Trukikaitis_Postimees, lk 35
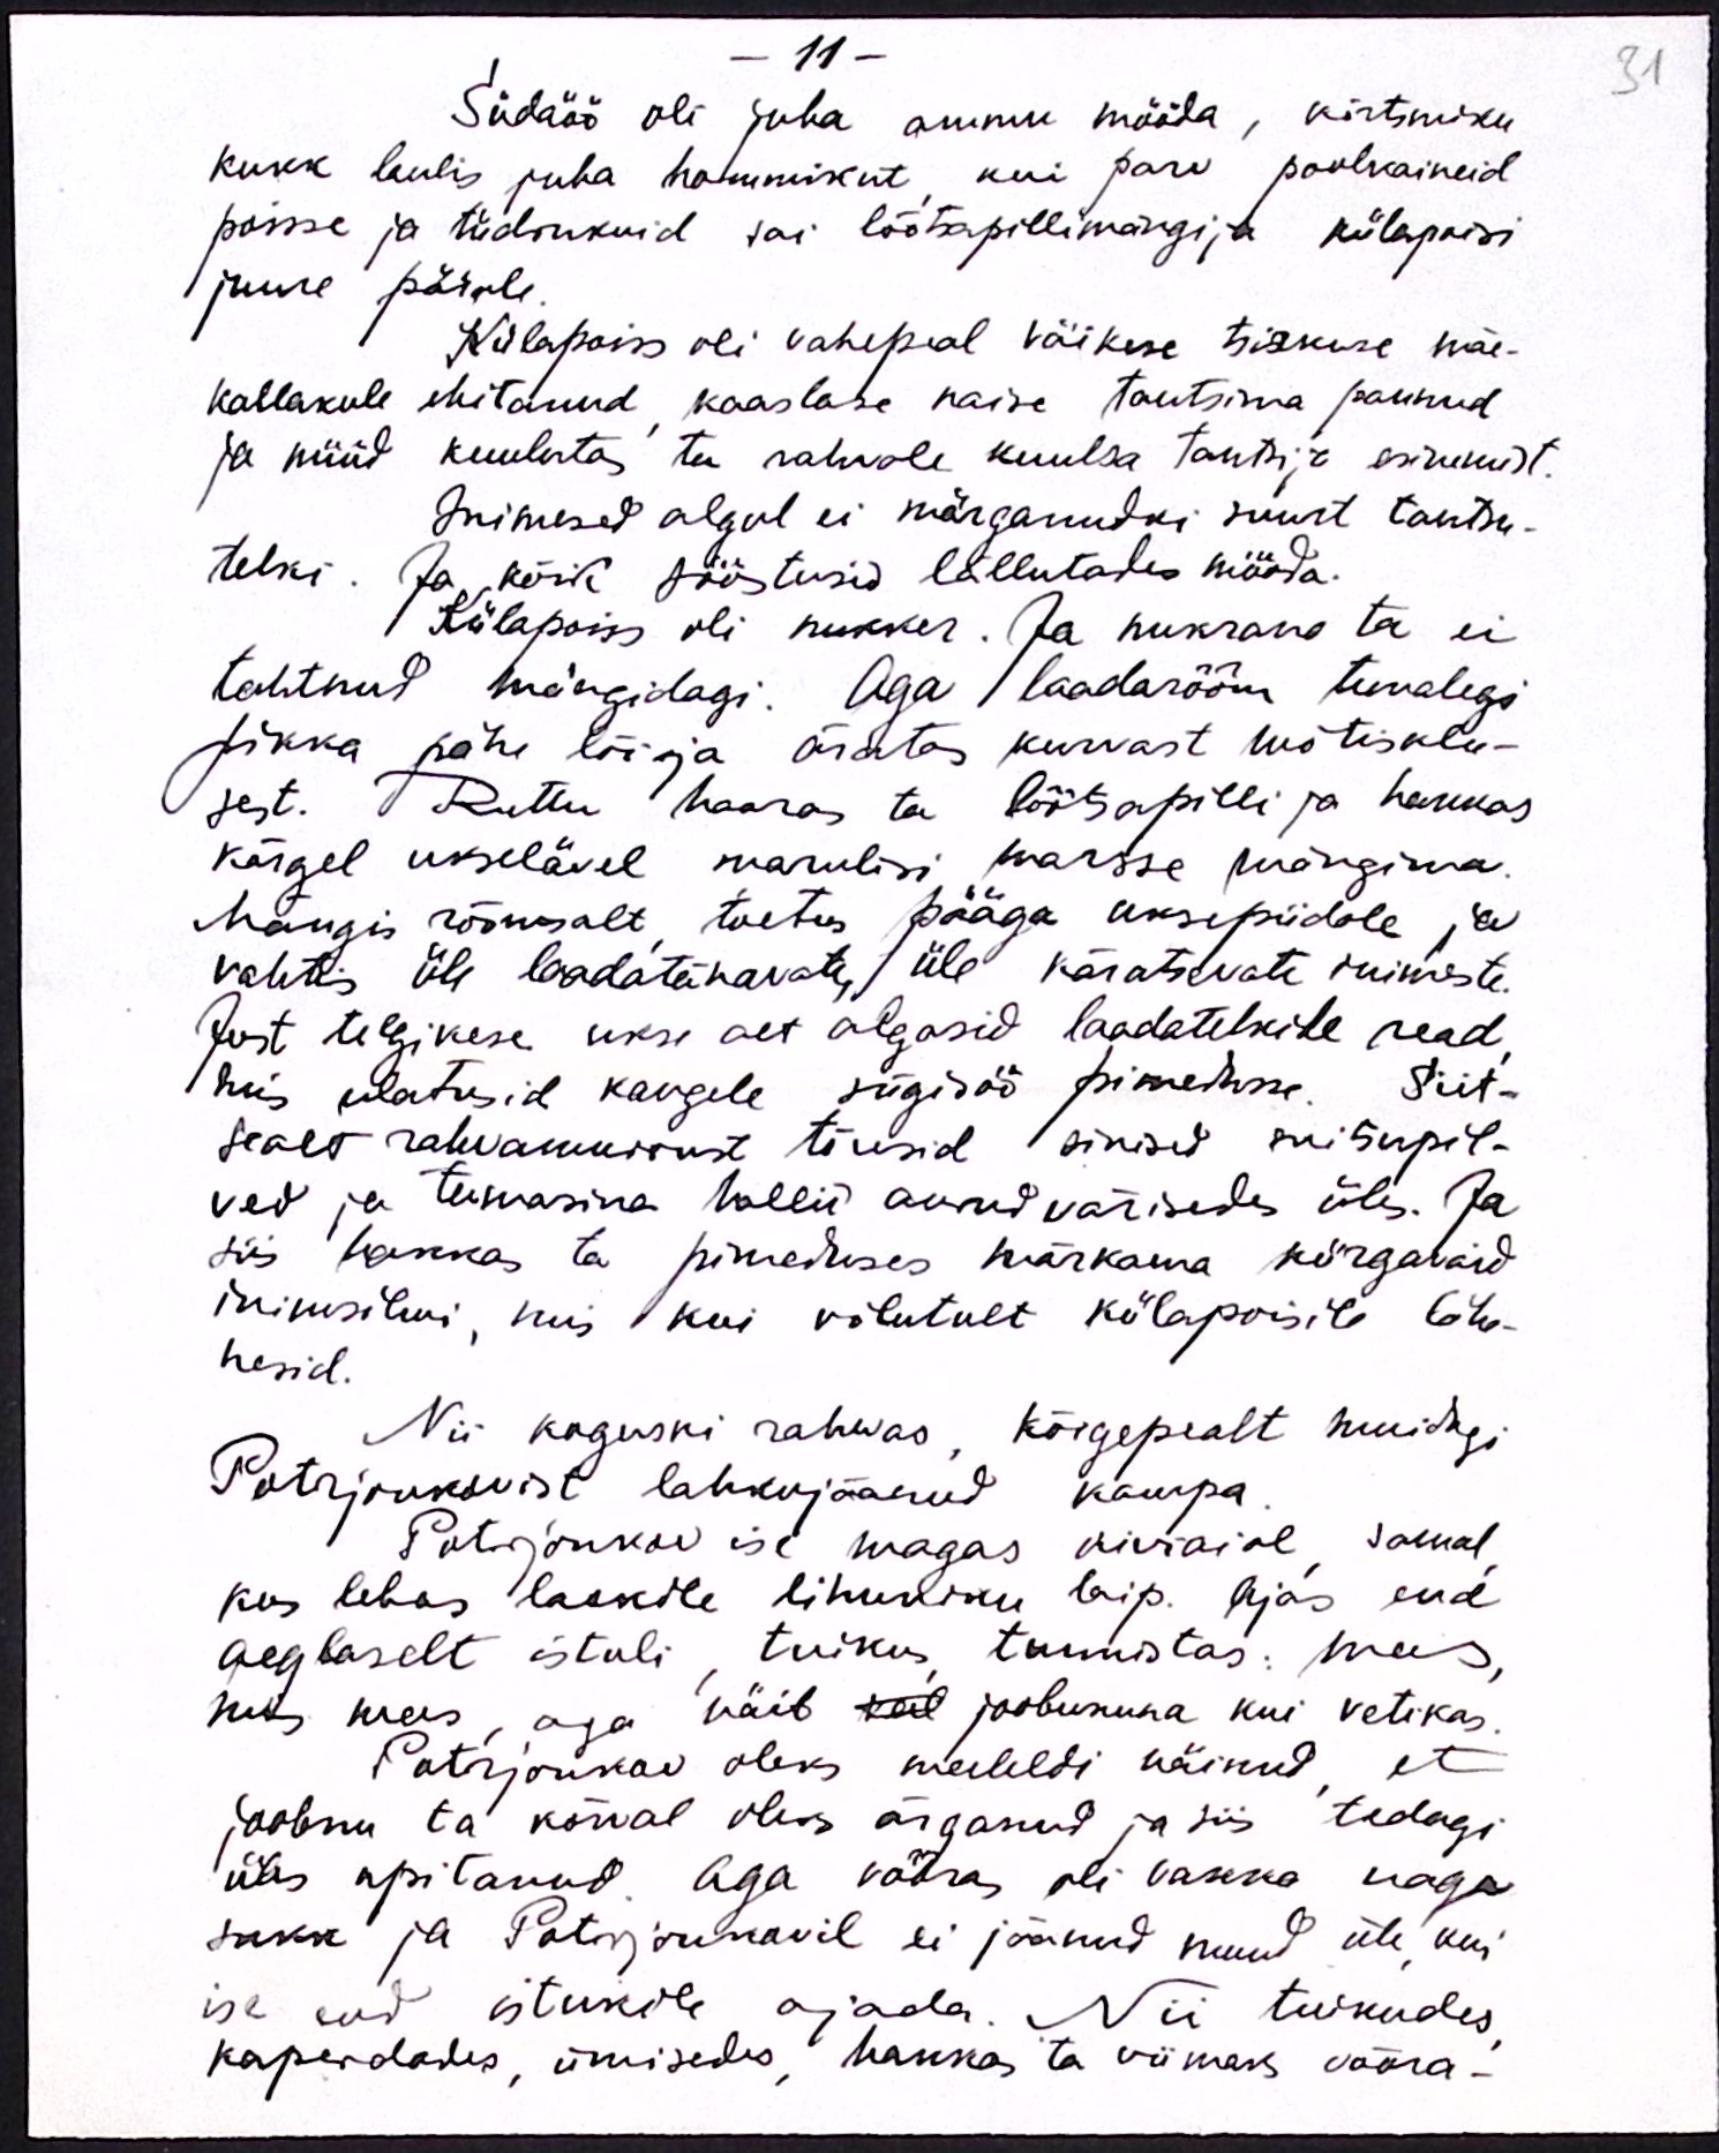
11 -
Südaöö oli juba ammu mööda, kõrtsmiku
kukk laulis juba hommikut, kui parv poolkaineid
poisse ja tüdrukuid sai lõõtsapillimängija külapoisi
juure pärale.
Külapoiss oli vahepeal väikese tsirkuse mäe-
kallakule ehitanud kaaslase naise tantsima pannud
ja nüüd kuulutas ta rahvale kuulsa tantsja esinemist.
Inimesed algul ei märganudki suurt tantsu-
telki. Ja kõik sööstusid lällutades mööda.
Külapoiss oli nukker. Ja nukrana ta ei
tahtnud mängidagi. Aga laadarõõm temalegi
pikka pähe lõi ja äratas kurvast mõtisklu-
sest. Ruttu haaras ta lõõtsapilli ja hakkas
kõrgel ukselävel marulisi marsse mängima.
Mängis rõõmsalt toetus pääga uksepiidale ja
vahtis üle laadatänavate, üle käratsevate inimeste.
Just telgikese ukse alt algasid laadatelkide read
mis ulatusid kaugele sügisöö pimedusse. Siit-
sealt rahvamurrust tõusid sinised suitsupil-
ved ja teemasina hallid aurud värisedes üles. Ja
siis hakkas ta pimeduses märkama kiirgavaid
inimsilmi, mis kui võlutult külapoisile lähe-
nesid.
Nii koguski rahwas kõigepealt muidugi
Potrjonkovist lahkujäänud kampa
Potrjonkov ise magas kiviaial samal
kus lebas laokile lihuniku laip. Ajas end
aeglaselt istuli tuikus, tunnistas: mees,
mis mees aga näib veel joobununa kui vetikas
Potrjonkov oleks meeleldi näinud et
joobnu ta kõrval oleks ärganud ja siis tedagi
üles upitanud. Aga võõras oli vakka nagu
sukk ja Potrjonkovil ei jäänud muud üle, kui
ise end istukile ajada. Nii tuikudes,
kaperdades, ümisedes, hakkas ta viimaks võõra-

31